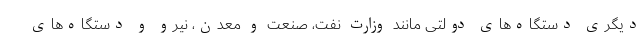
دیگری دستگاه‌های دولتی مانند وزارت نفت، صنعت و معدن، نیرو و دستگاه‌های